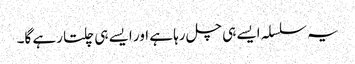
یہ سلسلہ ایسے ہی چل رہا ہے اور ایسے ہی چلتا رہے گا۔